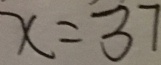
x = 3 7